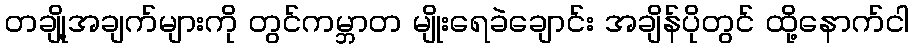
တချို့အချက်များကို တွင်ကမ္ဘာတ မျိုးရေခဲချောင်း အချိန်ပိုတွင် ထို့နောက်ငါ